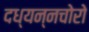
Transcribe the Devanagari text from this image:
दध्यन्नचोरो